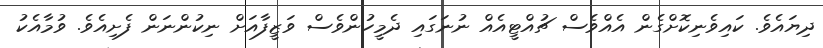
ދިޔައެވެ. ކައިވެނިކޮށްގެން އެއްވެސް ޗުއްޓީއެއް ނުނަގައި ދެމީހުންވެސް ވަޒީފާއަށް ނިކުންނަން ފެށިއެވެ. ވުމާއެކު